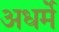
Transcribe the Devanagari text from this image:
अधर्मे